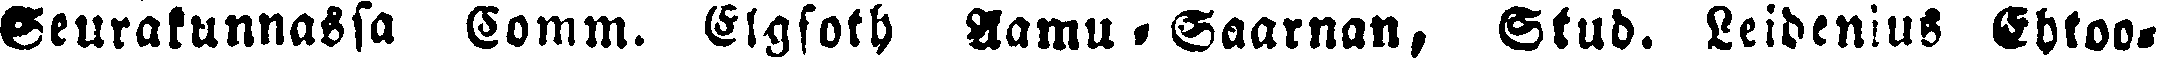
Seurakunnassa Comm. Elgfoth Aamu-Saarnan, Stud. Leidenius Ehtoo-